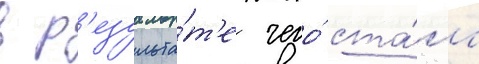
в р'езульта́т'е чего́ ста́ла